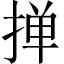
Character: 掸